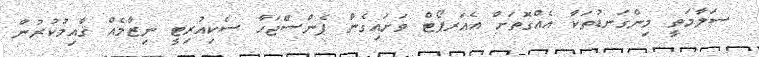
ސަލާމަތީ މިންގަނޑުތަކާ އެއްގޮތަށް އެއަރޕޯޓް ވަށައިގެން ފެންސްޖަހާ ސެކިއުރިޓީ ނިޒާމެއް ޤާއިމުކުރުން